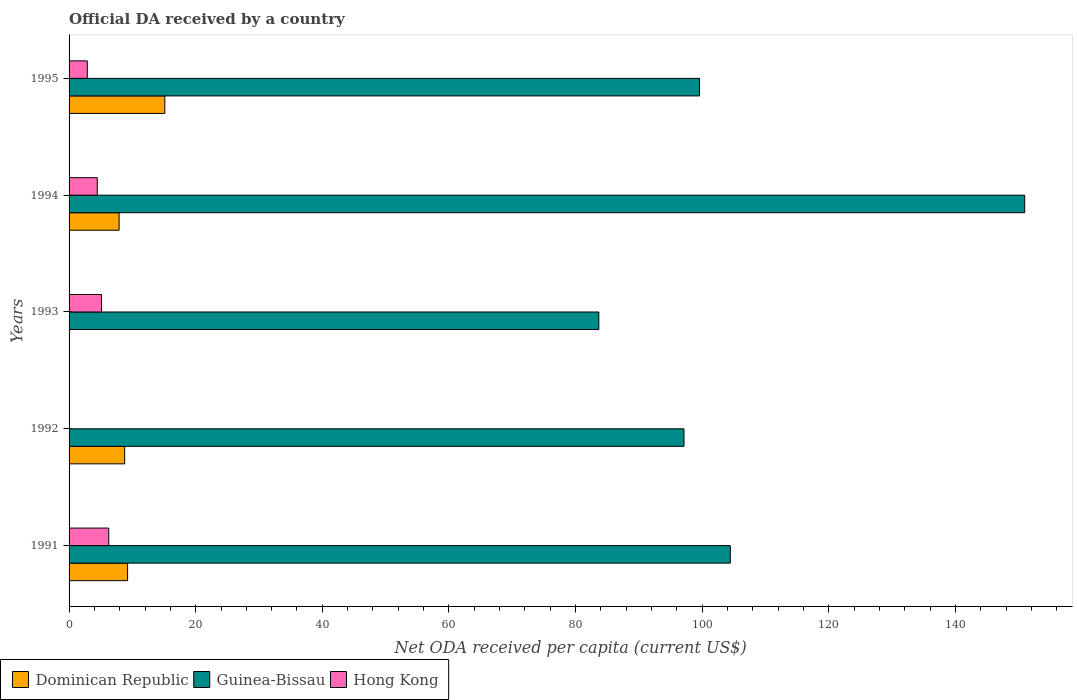
| Years | Dominican Republic | Guinea-Bissau | Hong Kong |
 | --- | --- | --- | --- |
 | 1991 | 9.24 | 104 | 6.27 |
 | 1992 | 8.78 | 97.1 | -6.72 |
 | 1993 | -0.244 | 83.7 | 5.13 |
 | 1994 | 7.9 | 151 | 4.45 |
 | 1995 | 15.1 | 99.6 | 2.88 |